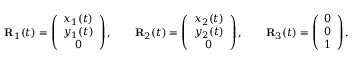
\begin{array} { r } { { \bf R } _ { 1 } ( t ) = \left( \begin{array} { c } { x _ { 1 } ( t ) } \\ { y _ { 1 } ( t ) } \\ { 0 } \end{array} \right) , \qquad { \bf R } _ { 2 } ( t ) = \left( \begin{array} { c } { x _ { 2 } ( t ) } \\ { y _ { 2 } ( t ) } \\ { 0 } \end{array} \right) , \qquad { \bf R } _ { 3 } ( t ) = \left( \begin{array} { c } { 0 } \\ { 0 } \\ { 1 } \end{array} \right) . } \end{array}